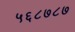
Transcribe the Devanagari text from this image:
५६८७८७